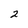
Character: 2